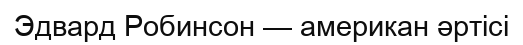
Эдвард Робинсон — американ әртісі